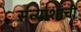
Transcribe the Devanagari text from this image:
संन्याशांची